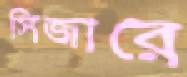
সিজারে